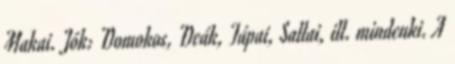
Makai. Jók: Domokos, Deák, Tápai, Sallai, ill. mindenki. A